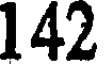
142